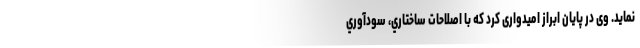
نمايد. وی در پایان ابراز امیدواری کرد که با اصلاحات ساختاري، سودآوري